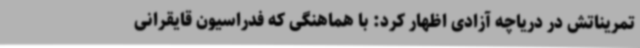
تمریناتش در دریاچه آزادی اظهار کرد: با هماهنگی که فدراسیون قایقرانی